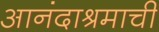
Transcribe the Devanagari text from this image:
आनंदाश्रमाची